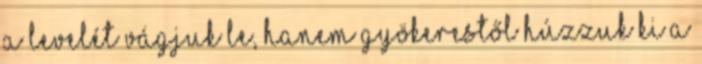
a levelét vágjuk le, hanem gyökerestől húzzuk ki a